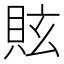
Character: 䝮